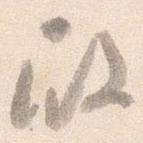
殿